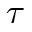
\tau